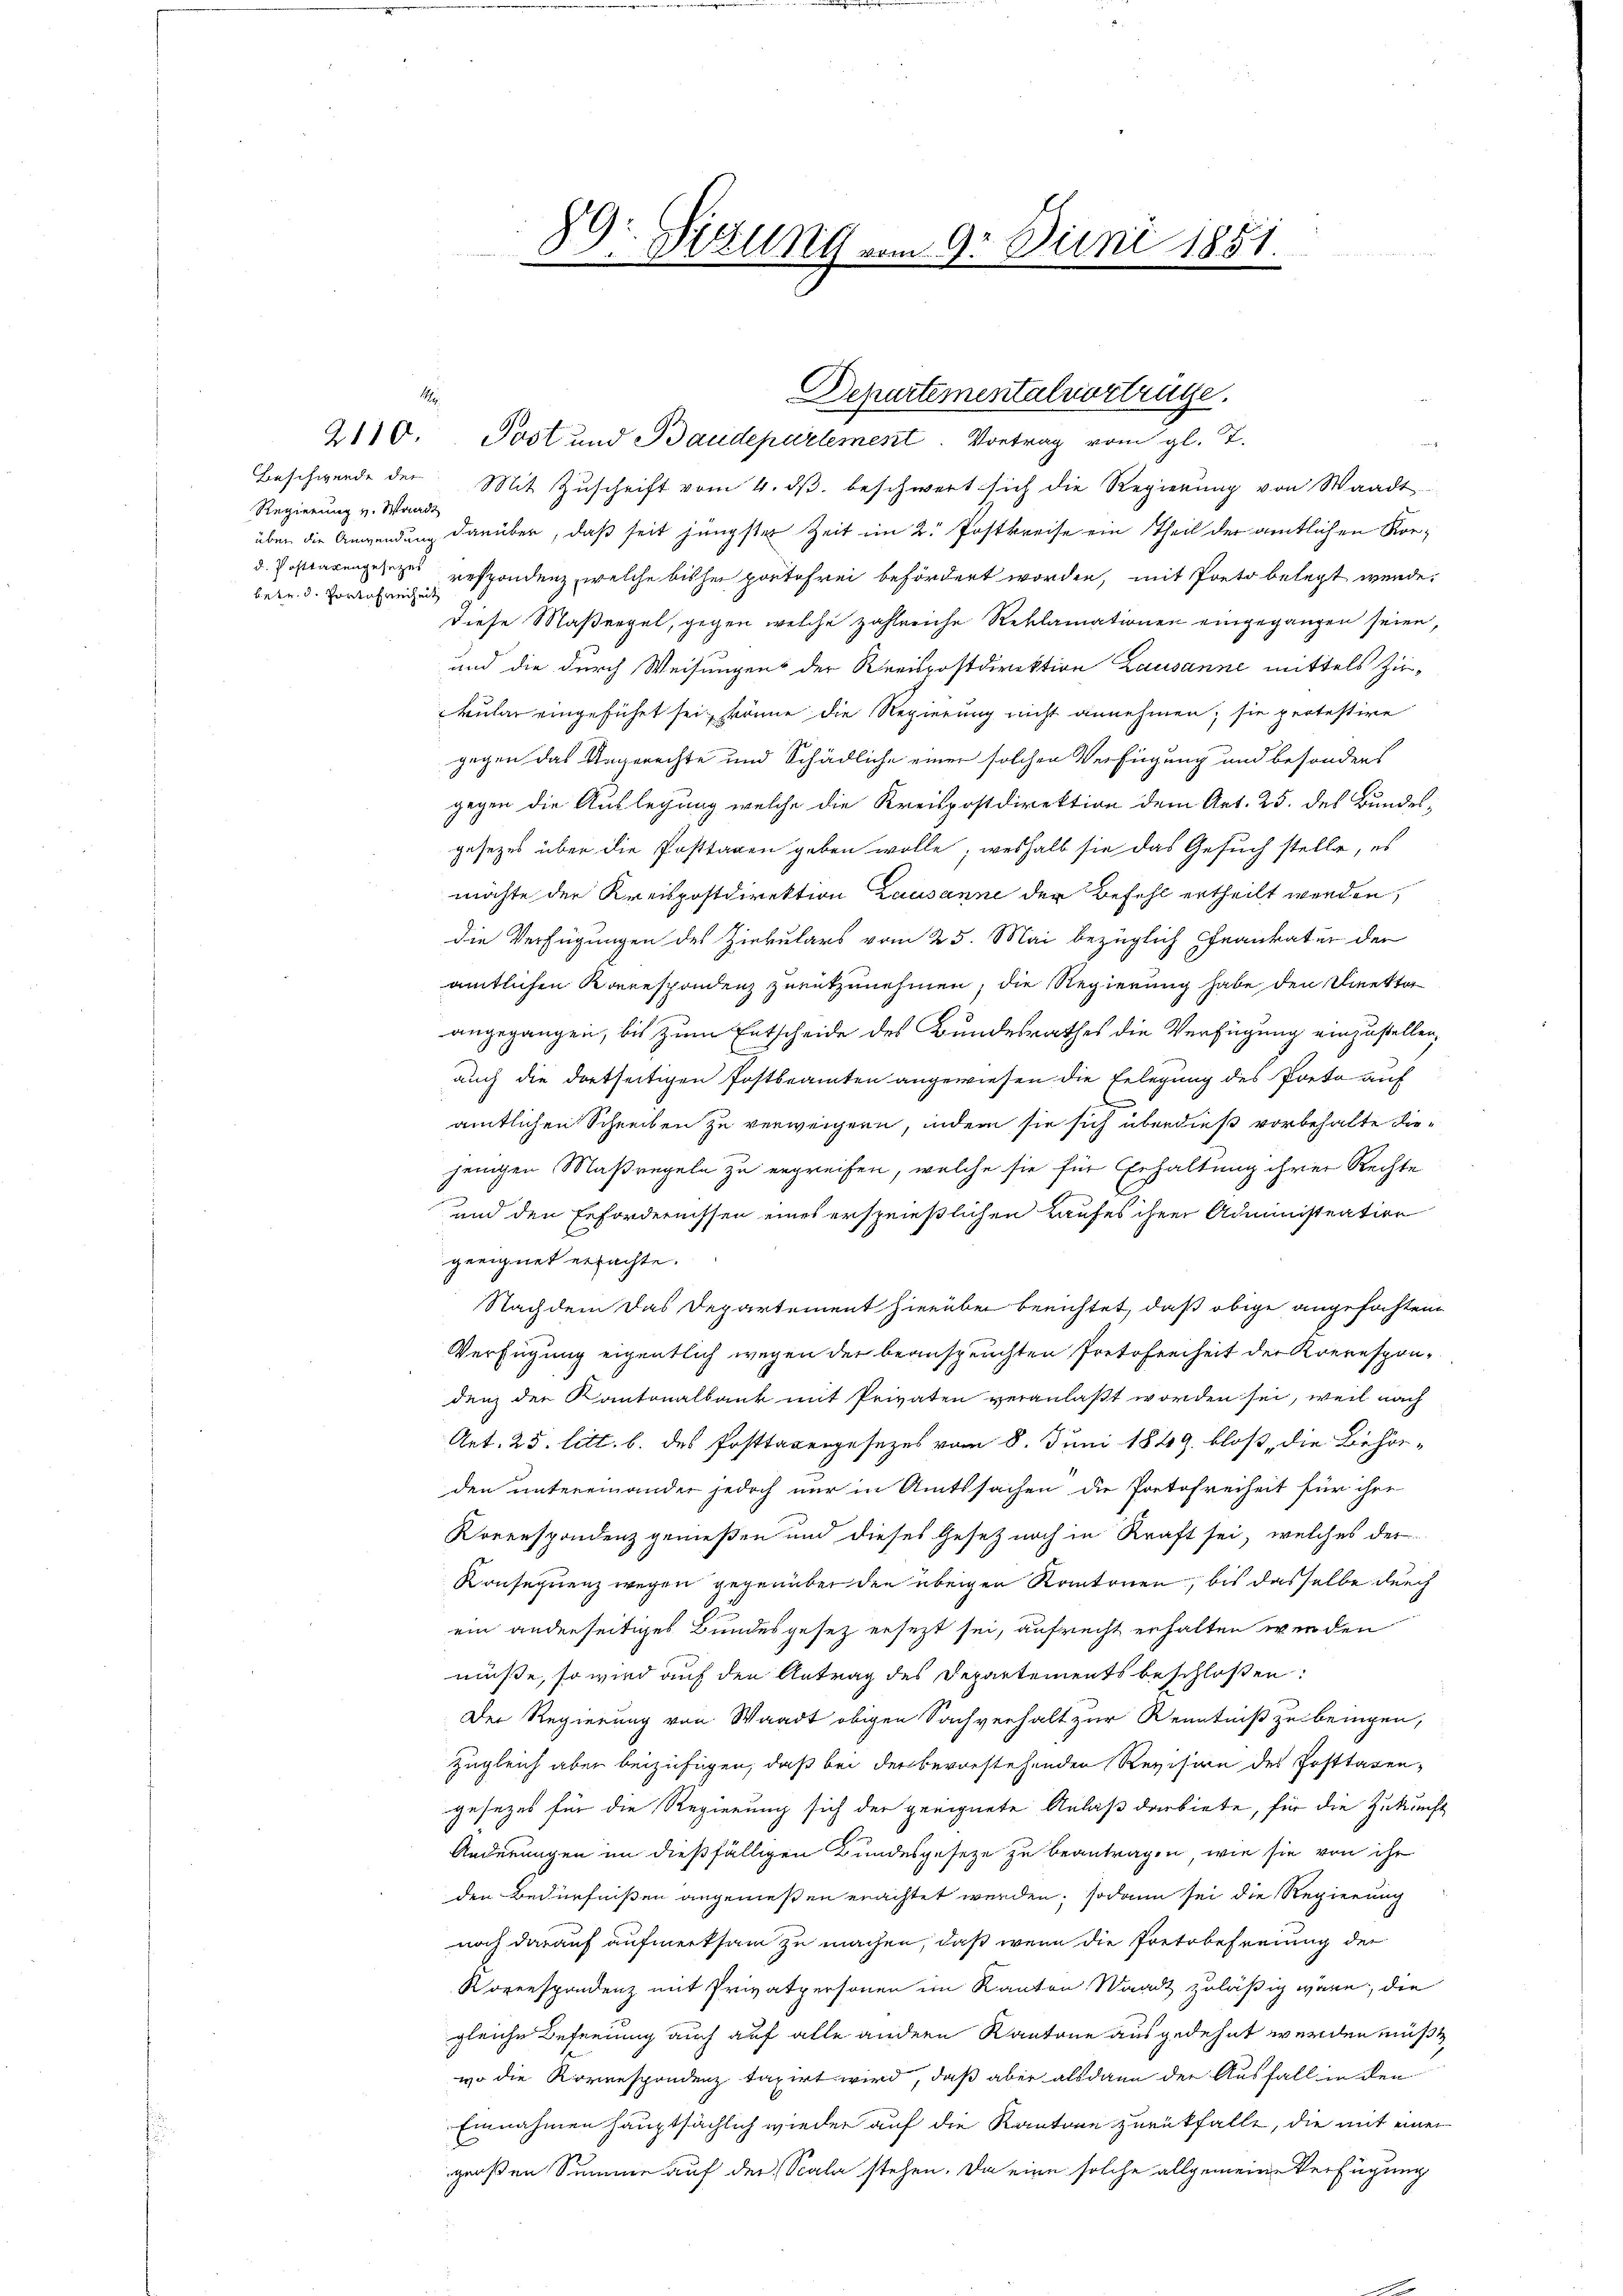
1

Regierung v. Waadt
betr. d. Portofreiheit

Beschwerde der Mit Zŭschrift vom 4. dβ beschwert sich die Regierŭng von Waadt
über die Anwendung darüber, daß seit jüngster Zeit im 2. Postkreise ein Theil der amtlichen Kord. Posttarengesezes respondenz, welche bisher portofrei befördert worden, mit Preto belegt werde.
diese Maßregel, gegen welche zahlreiche Reklamationen eingegangen seien,
und die durch Weisungens der Kreispostdirektion Lausanne mittels Zirkular eingeführt sei, könne die Regierung nicht annehmen; sie protestire
gegen das Ungerechte und Schädliche einer solchen Verfügung und besonders
gegen die Auslegung welche die Kreispostdirektion dem Art. 25. des Bundesgesezes über die Posttagen geben wolle; weshalb sie das Gesuch stelle, es
möchte der Kreispostdirektion Lausanne der Befehl ertheilt werden,
die Verfügungen des Zirkulars vom 25. Mai bezüglich Frankatur der
amtlichen Korrespondenz zunutzunehmen, die Regierung habe den Direktor
angegangen, bis zum Entscheide des Bundesrathes die Verfügung einzustellen,
auch die dortseitigen Postbeamten angewiesen die Belegung des Porto auf
C
amtlichen Schreiben zu verweigenn, indem sie sich überdieß vorbehalte diejenigen Maßregeln zu ergreifen, welche sie für Erhaltung ihrer Rechte
und den Erfordernissen eines ersprießlichen Kaufes ihrer Administration
geeignet erfachte.
Nachdem das Departement hierüber berichtet, daß obige angefochten
Verfügung eigentlich wegen der beanspruchten Protofenheit der Korrespondenz der Kantonalbank mit Privaten veranlaßt worden sei, weil nach
Art. 25. litt. b. des Posttagengesezes vom 8. Juni 1849 bloß, die Behörden untereinander jedoch nur in Amtssachen die Protofreiheit für ihre
Korrespondenz genießen und dieses Gesetz noch in Kraft sei, welches der
Konsequenz wegen gegenüber den übrigen Kantonen, bis dasselbe durch
ein anderseitiges Bundesgesetz ersezt sei, aufrecht erhalten werden
müsse, so wird auf den Antrag des Departements beschlossen:
Der Regierung von Waadt obigen Sachverhalt zur Kenntniß zu bringen,
zugleich aber beizufügen, daß bei der bevorstehenden Revision des Posttagen,
gesezes für die Regierung sich der geeignete Anlaß darbiete, für die Zukunft
Änderungen in dießfälligen Bundesgesetze zu beantragen, wie sie von ihr
den Bedürfnißen angenießen erachtet werden; sodann sei die Regierung
noch darauf aufmerksam zu machen, daß wenn die Pretobefreiung der
Roverspondenz mit Privatpersonen im Kanton Waadt zuläßig wäre, die
gleiche Befindung auch auf alle andern Kantone ausgedehnt werden müßt
wo die Korrespondenz taxirt wird, daß aber alsdann der Ausfall in den
Einnahmen hauptsächlich wieder auf die Kantone zurückfalle, die mit einen
großen Summe auf der Scala stehen. Da eine solche allgemeine Verfügung

89: Sitzung vom 9. Juni 1851.

Departementalvertrüge.
2110. Jost und Baudepartement. Vortrag vom gl. T.